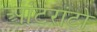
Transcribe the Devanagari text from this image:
आंटरांटो